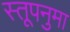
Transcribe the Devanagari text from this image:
स्तूपनुमा